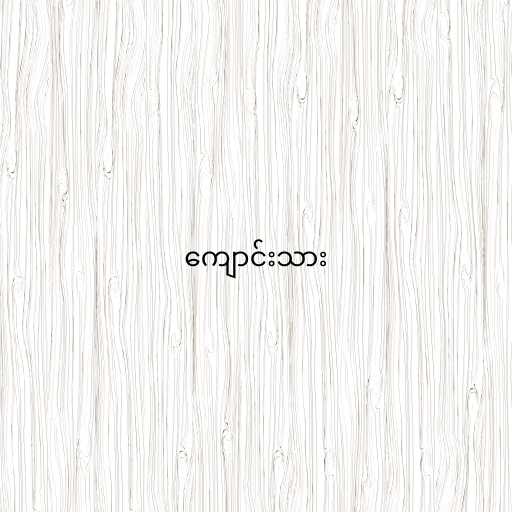
ကျောင်းသား